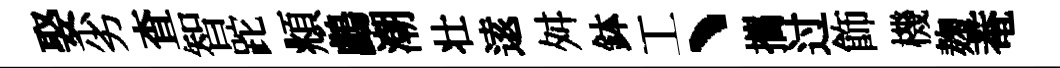
娶劣查智跎頫鸕潮壮逺舛鉢工丶攜过飾機麹菴